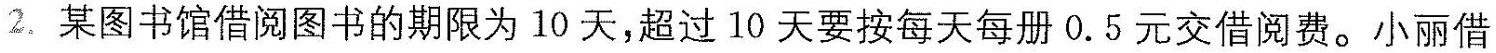
2. 某图书馆借阅图书的期限为10天，超过10天要按每天每册0.5元交借阅费。小丽